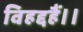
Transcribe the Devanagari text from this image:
विहद्दहैं।।